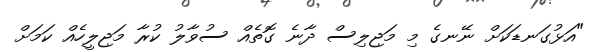
"އަޅުގަނޑަކަށް ނޭނގެ މި މަޖިލިސް ދާނެ ގޮތެއް ސުވާލު ކުރާ މަޖިލީހެއް ކަމަށް